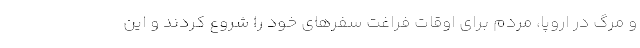
و مرگ در اروپا، مردم برای اوقات فراغت سفرهای خود را شروع کردند و این